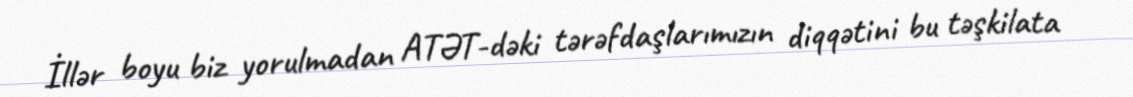
İllər boyu biz yorulmadan ATƏT-dəki tərəfdaşlarımızın diqqətini bu təşkilata